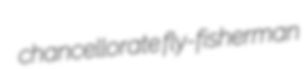
chancellorate fly-fisherman